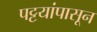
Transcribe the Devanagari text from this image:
पट्टयांपासून